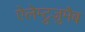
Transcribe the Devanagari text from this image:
ऐलेम्टुज़ुमैब